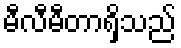
မီလီမီတာရှိသည်